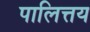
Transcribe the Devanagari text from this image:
पालित्तय